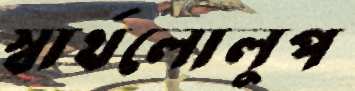
স্বার্থলোলুপ